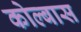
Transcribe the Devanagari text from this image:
कोल्बास